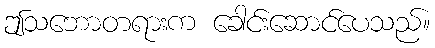
ဤသဘောတရားက ခေါင်းဆောင်ပေသည်။